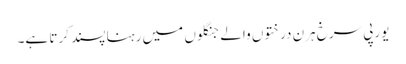
یورپی سرخ ہرن درختوں والے جنگلوں میں رہنا پسند کرتا ہے۔